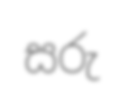
සරු